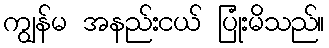
ကျွန်မ အနည်းငယ် ပြုံးမိသည်။